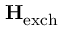
\mathbf { H } _ { \mathrm { e x c h } }